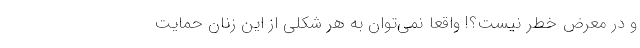
و در معرض خطر نیست؟! واقعاً نمی‌توان به هر شکلی از این زنان حمایت